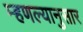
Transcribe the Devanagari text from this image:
म्हणल्यानुसार